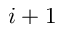
i + 1